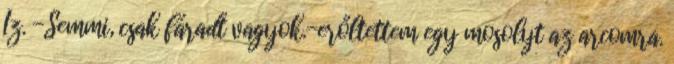
Iz. -Semmi, csak fáradt vagyok.-erőltettem egy mosolyt az arcomra.